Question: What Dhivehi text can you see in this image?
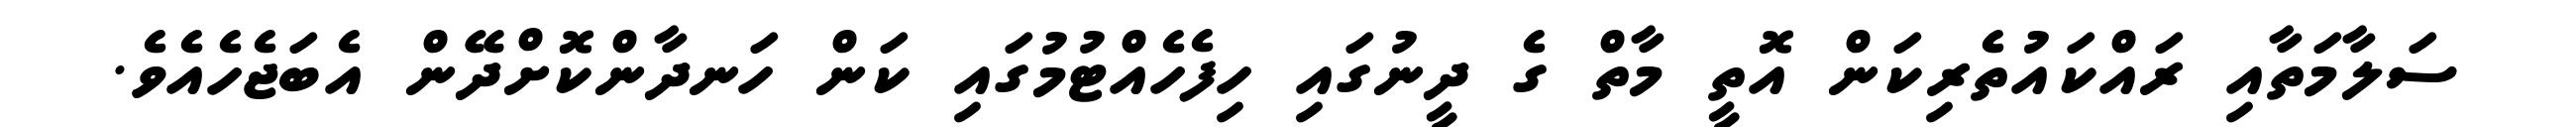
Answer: ސަލާމަތާއި ރައްކައުތެރިކަން އޮތީ މާތް ގެ ދީނުގައި ހިފެހެއްޓުމުގައި ކަން ހަނދާންކޮށްދޭން އެބަޖެހެއެވެ.